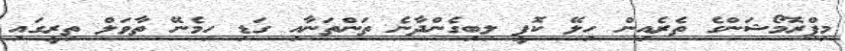
މިޕްރޮމޯޝަންގެ ތެރެއިން ހިލޭ ކޮފީ ލިބިގެންދާނެ ތަންތަނާއި ގަޑި ހިމެނޭ ތާވަލް ތިރީގައި